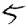
Digit: 5